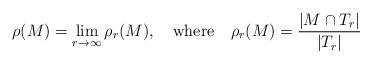
LaTeX: \begin{align*}\rho(M) = \lim_{r\to\infty} \rho_r(M), \ \ \ \mbox{where} \ \ \ \rho_r(M) = \frac{|M \cap T_r|} {|T_r|}\end{align*}